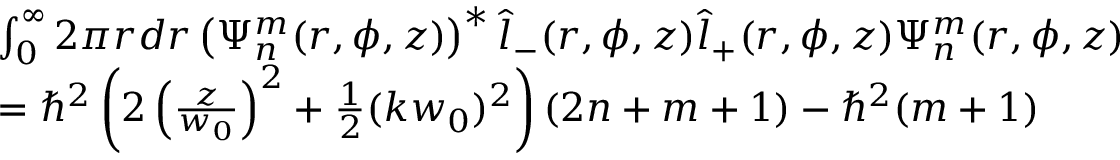
\begin{array} { r l } & { \int _ { 0 } ^ { \infty } 2 \pi r d r \left( \Psi _ { n } ^ { m } ( r , \phi , z ) \right) ^ { * } \hat { l } _ { - } ( r , \phi , z ) \hat { l } _ { + } ( r , \phi , z ) \Psi _ { n } ^ { m } ( r , \phi , z ) } \\ & { = \hbar ^ { 2 } \left( 2 \left( \frac { z } { w _ { 0 } } \right) ^ { 2 } + \frac { 1 } { 2 } ( k w _ { 0 } ) ^ { 2 } \right) ( 2 n + m + 1 ) - \hbar ^ { 2 } ( m + 1 ) } \end{array}